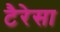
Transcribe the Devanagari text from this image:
टैरेसा